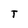
Character: T